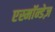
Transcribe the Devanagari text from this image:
एस्मॉन्डेज़